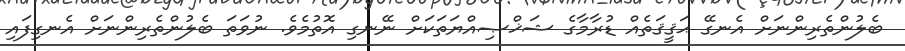
ބެލުންތެރިންނަށް އެނގޭ ޙަޤީޤަތެއް ޑުރާމާގެ ޝަޚްޞިއްޔަތަކަށް ނޭނގި އޮތުމެވެ. ނުވަތަ ބެލުންތެރިންނަށް އެނގިފައި